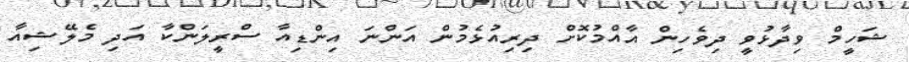
ޝަހީމް ވިދާޅުވީ ދިވެހިން އާއްމުކޮށް ދިރިއުޅެމުން އަންނަ އިންޑިއާ ސްރީލަންކާ އަދި މެލޭޝިއާ